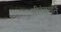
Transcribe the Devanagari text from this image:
श्रीरंगमूर्ति